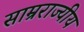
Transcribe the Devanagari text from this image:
साम्रराज्यीय